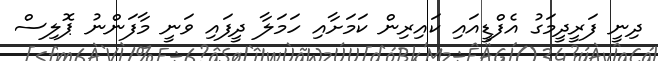
ދިނީ ފަރީދީމަގު އެފްޑީއައި ކައިރިން ކަމަށާއި ހަމަލާ ދީފައި ވަނީ މާފަންނު ޕޮލިސް